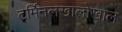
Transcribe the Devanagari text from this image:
टर्मिनलखालोखाल